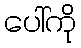
ပေါ်ကို